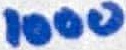
Text: 1000